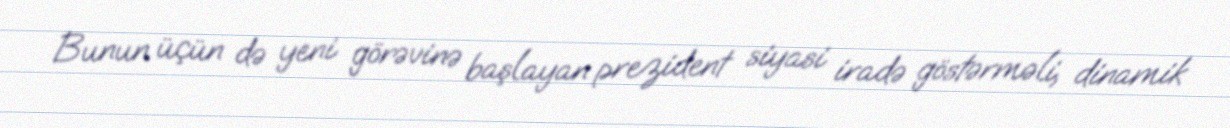
Bunun üçün də yeni görəvinə başlayan prezident siyasi iradə göstərməli, dinamik